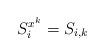
LaTeX: \begin{align*}S^{x^k}_i=S_{i,k} \end{align*}